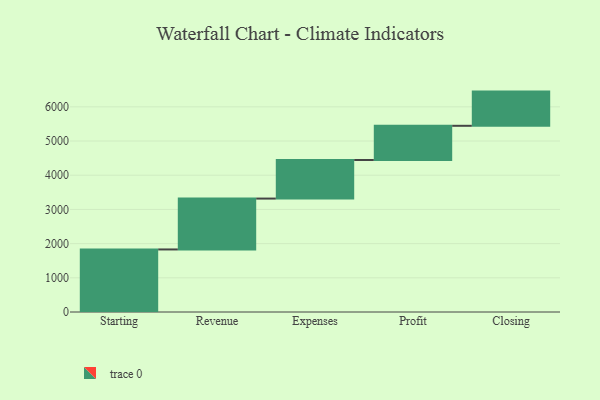
{"axis": {"x": "Step", "y": "Value"}, "legend": [""], "data": [{"x": "Starting", "y": 1829.0, "type": ""}, {"x": "Revenue", "y": 1488.0, "type": ""}, {"x": "Expenses", "y": 1128.0, "type": ""}, {"x": "Profit", "y": 1000, "type": ""}, {"x": "Closing", "y": 1000, "type": ""}]}